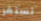
تستقر